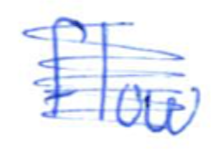
Text: flow
Cross-out: scratch
Writing tool: ballpoint